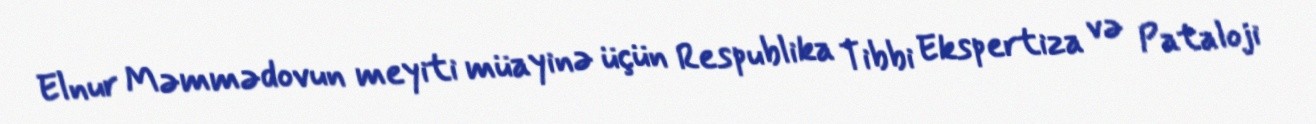
Elnur Məmmədovun meyiti müayinə üçün Respublika Tibbi Ekspertiza və Pataloji